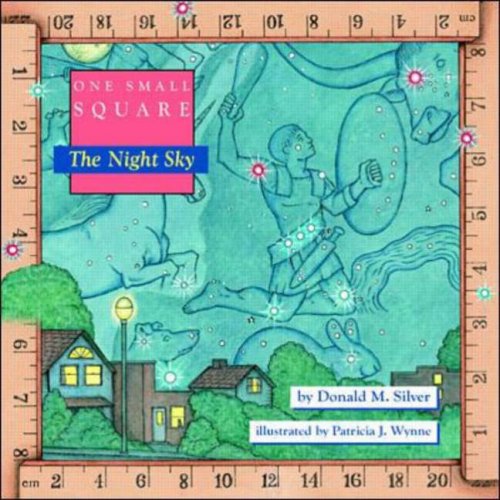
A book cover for One Small Square, The Night Sky; Donald Silver; Parenting & Relationships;